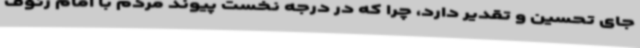
جای تحسین و تقدیر دارد، چرا که در درجه نخست پیوند مردم با امام رئوف